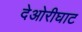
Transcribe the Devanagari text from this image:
देओरीघाट